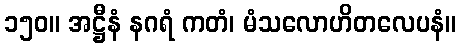
၁၅၀။ အဋ္ဌီနံ နဂရံ ကတံ၊ မံသလောဟိတလေပနံ။